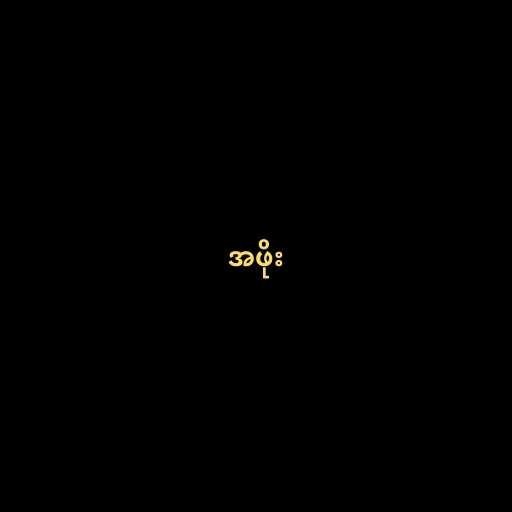
အဖိုး